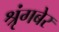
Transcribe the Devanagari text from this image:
श्रृंगबेर